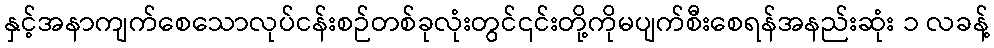
နှင့်အနာကျက်စေသောလုပ်ငန်းစဉ်တစ်ခုလုံးတွင်၎င်းတို့ကိုမပျက်စီးစေရန်အနည်းဆုံး ၁ လခန့်